Vaccine operations Central Provinces 1868-1885 - 1868-1885
Year: 1868
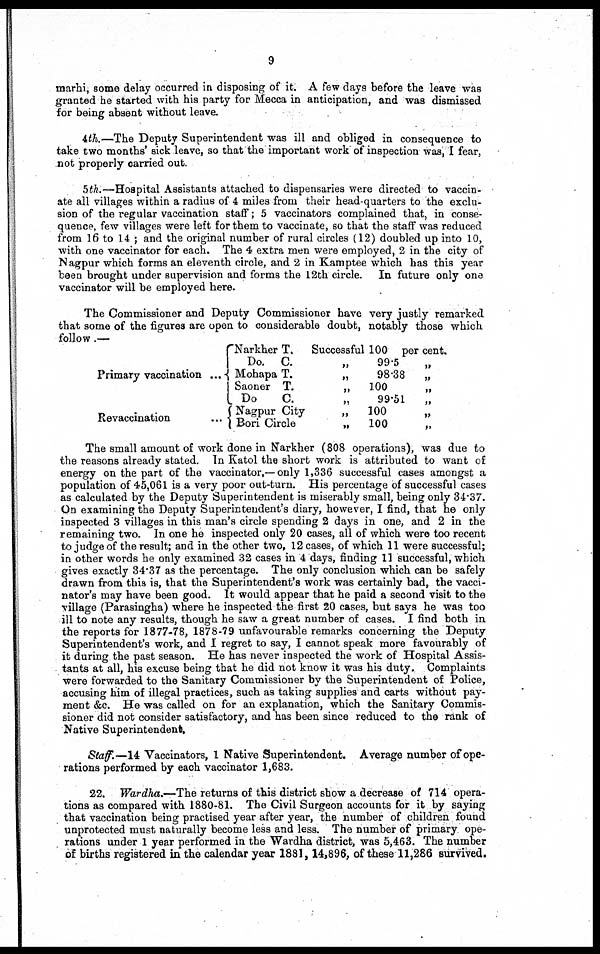
9
marhi, some delay occurred in disposing of it. A few days before the leave was
granted he started with his party for Mecca in anticipation, and was dismissed
for being absent without leave.
4th.—The Deputy Superintendent was ill and obliged in consequence to
take two months' sick leave, so that the important work of inspection was, I fear,
not properly carried out.
5th.—Hospital Assistants attached to dispensaries were directed to vaccin-
ate all villages within a radius of 4 miles from their head-quarters to the exclu-
sion of the regular vaccination staff; 5 vaccinators complained that, in conse-
quence, few villages were left for them to vaccinate, so that the staff was reduced
from 16 to 14 ; and the original number of rural circles (12) doubled up into 10,
with one vaccinator for each. The 4 extra men were employed, 2 in the city of
Nagpur which forms an eleventh circle, and 2 in Kamptee which has this year
been brought under supervision and forms the 12th circle. In future only one
vaccinator will be employed here.
The Commissioner and Deputy Commissioner have very justly remarked
that some of the figures are open to considerable doubt, notably those which
follow.—
Primary vaccination ...
Revaccination
...
Narkher T.
Do. C.
Mohapa T.
Saoner T.
Do
C.
Nagpur City
Bori Circle
Successful 100 per cent.
„
99.5
„
„ 98.38
„
„
100 „
„ 99.51
„
„
100 „
„
100 „
The small amount of work done in Narkher (808 operations), was due to
the reasons already stated. In Katol the short work is attributed to want of
energy on the part of the vaccinator,— only 1,336 successful cases amongst a
population of 45,061 is a very poor out-turn. His percentage of successful cases
as calculated by the Deputy Superintendent is miserably small, being only 34.37.
On examining the Deputy Superintendent's diary, however, I find, that he only
inspected 3 villages in this man's circle spending 2 days in one, and 2 in the
remaining two. In one he inspected only 20 cases, all of which were too recent
to judge of the result; and in the other two, 12 cases, of which 11 were successful;
in other words he only examined 32 cases in 4 days, finding 11 successful, which
gives exactly 34.37 as the percentage. The only conclusion which can be safely
drawn from this is, that the Superintendent's work was certainly bad, the vacci-
nator's may have been good. It would appear that he paid a second visit to the
village (Parasingha) where he inspected the first 20 cases, but says he was too
ill to note any results, though he saw a great number of cases. I find both in
the reports for 1877-78, 1878-79 unfavourable remarks concerning the Deputy
Superintendent's work, and I regret to say, I cannot speak more favourably of
it during the past season. He has never inspected the work of Hospital Assis-
tants at all, his excuse being that he did not know it was his duty. Complaints
were forwarded to the Sanitary Commissioner by the Superintendent of Police,
accusing him of illegal practices, such as taking supplies and carts without pay-
ment &c. He was called on for an explanation, which the Sanitary Commis-
sioner did not consider satisfactory, and has been since reduced to the rank of
Native Superintendent.
Staff.—14 Vaccinators, 1 Native Superintendent. Average number of ope-
rations performed by each vaccinator 1,683.
22. Wardha.—The returns of this district show a decrease of 714 opera-
tions as compared with 1880-81. The Civil Surgeon accounts for it by saying
that vaccination being practised year after year, the number of children found
unprotected must naturally become less and less. The number of primary ope-
rations under 1 year performed in the Wardha district, was 5,463. The number
of births registered in the calendar year 1881,14,896, of these 11,286 survived.